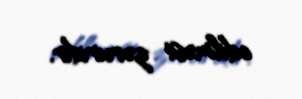
edilməsi zəruridir.